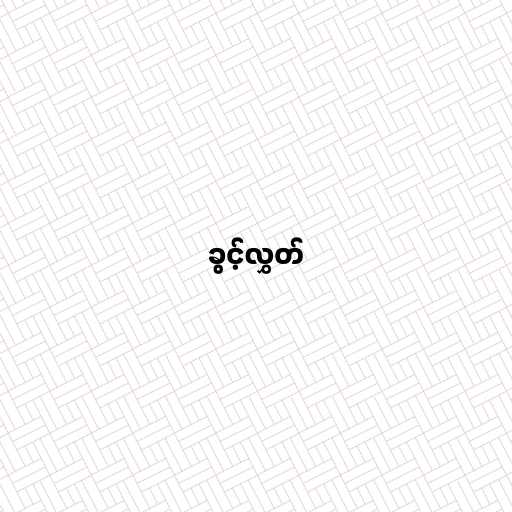
ခွင့်လွှတ်